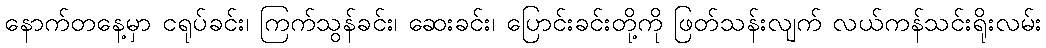
နောက်တနေ့မှာ ငရုပ်ခင်း၊ ကြက်သွန်ခင်း၊ ဆေးခင်း၊ ပြောင်းခင်းတို့ကို ဖြတ်သန်းလျက် လယ်ကန်သင်းရိုးလမ်း